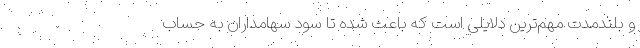
و بلندمدت مهم‌ترین دلایلی است که باعث شده تا سود سهامداران به حساب